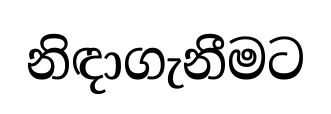
නිඳාගැනීමට